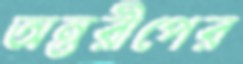
অন্তরীপের